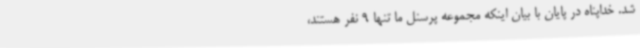
شد. خداپناه در پایان با بیان اینکه مجموعه پرسنل ما تنها 9 نفر هستند،